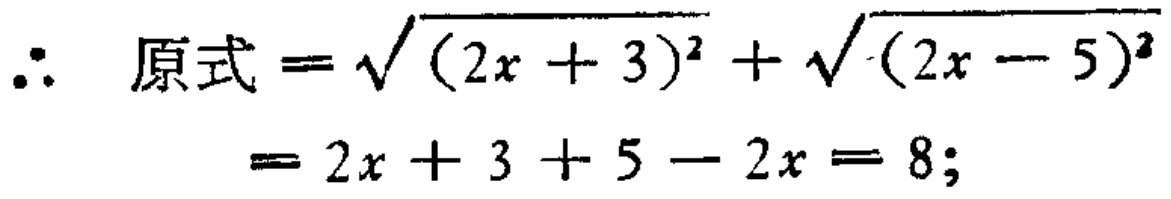
\(\therefore \text{原式} = \sqrt{(2x + 3)^2} + \sqrt{(2x - 5)^2} = 2x + 3 + 5 - 2x = 8;\)